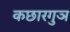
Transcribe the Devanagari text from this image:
कछारगुञ